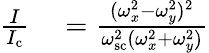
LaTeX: \begin{array}{rl}{\frac{I}{I_{\mathrm{c}}}}&{{}=\frac{(\omega_{x}^{2}-\omega_{y}^{2})^{2}}{\omega_{\mathrm{sc}}^{2}(\omega_{x}^{2}+\omega_{y}^{2})}}\end{array}